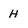
Character: H